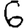
Digit: 6